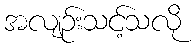
အလျဉ်းသင့်သလို